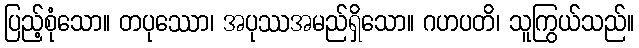
ပြည့်စုံသော။ တပုဿော၊ အပုဿအမည်ရှိသော။ ဂဟပတိ၊ သူကြွယ်သည်။